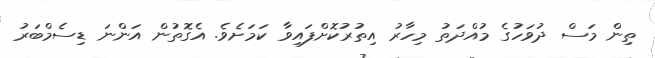
ތިން މަސް ދުވަހުގެ މުއްދަތު މިހާރު އިތުރުކޮށްފައިވާ ކަމަށެވެ. އެގޮތުން އަންނަ ޑިސެމްބަރު